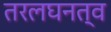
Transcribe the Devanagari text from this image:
तरलघनत्व